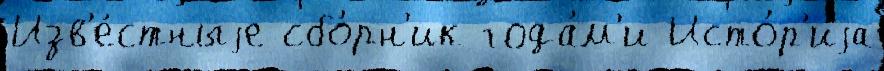
Изв'е́стныjе сбо́рн'ик года́м'и Исто́р'иjа